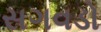
સગવડો